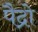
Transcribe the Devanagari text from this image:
पैद्रो